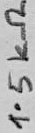
Text: 1.5KΩ